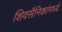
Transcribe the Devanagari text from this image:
शिवसैनिकांमध्ये